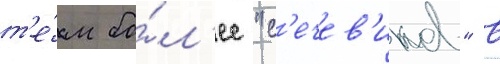
т'е́м бо́л'ее "с'ечев'иков" в